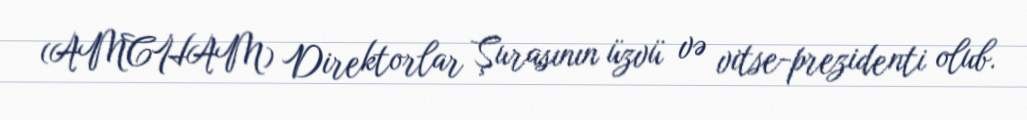
(AMCHAM) Direktorlar Şurasının üzvü və vitse-prezidenti olub.